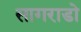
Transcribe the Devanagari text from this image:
सागराडो